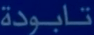
تابودة